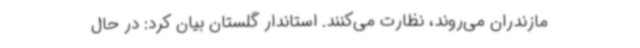
مازندران می‌روند، نظارت می‌کنند. استاندار گلستان بیان کرد: در حال